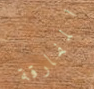
المفارقة